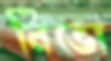
নিভো